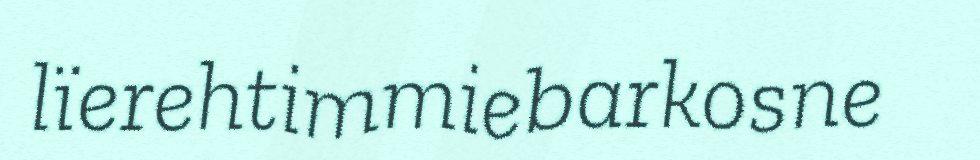
lïerehtimmiebarkosne